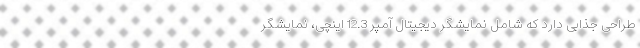
طراحی جذابی دارد که شامل نمایشگر دیجیتال آمپر 12.3 اینچی، نمایشگر